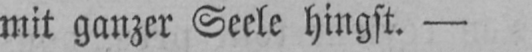
mit ganzer Seele hingst. -